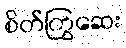
စိတ်ကြွဆေး